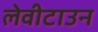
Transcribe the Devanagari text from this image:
लेवीटाउन